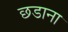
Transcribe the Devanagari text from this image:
छडाना